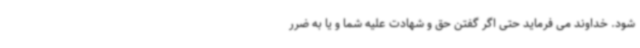
شود. خداوند می فرماید حتی اگر گفتن حق و شهادت علیه شما و یا به ضرر